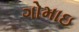
ગોમાઇ